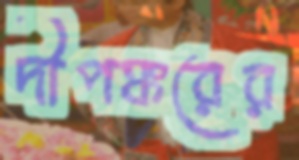
দীপঙ্করের